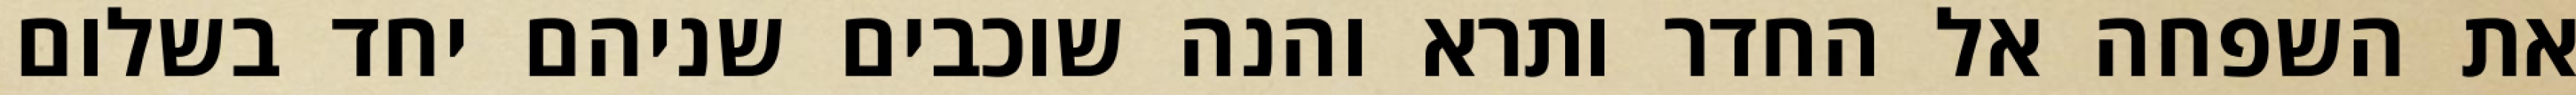
את השפחה אל החדר ותרא והנה שוכבים שניהם יחד בשלום